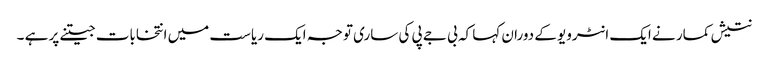
نتیش کمار نے ایک انٹرویو کے دوران کہا کہ بی جے پی کی ساری توجہ ایک ریاست میں انتخابات جیتنے پر ہے ۔